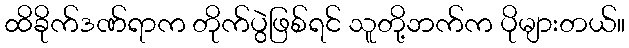
ထိခိုက်ဒဏ်ရာက တိုက်ပွဲဖြစ်ရင် သူတို့ဘက်က ပိုများတယ်။